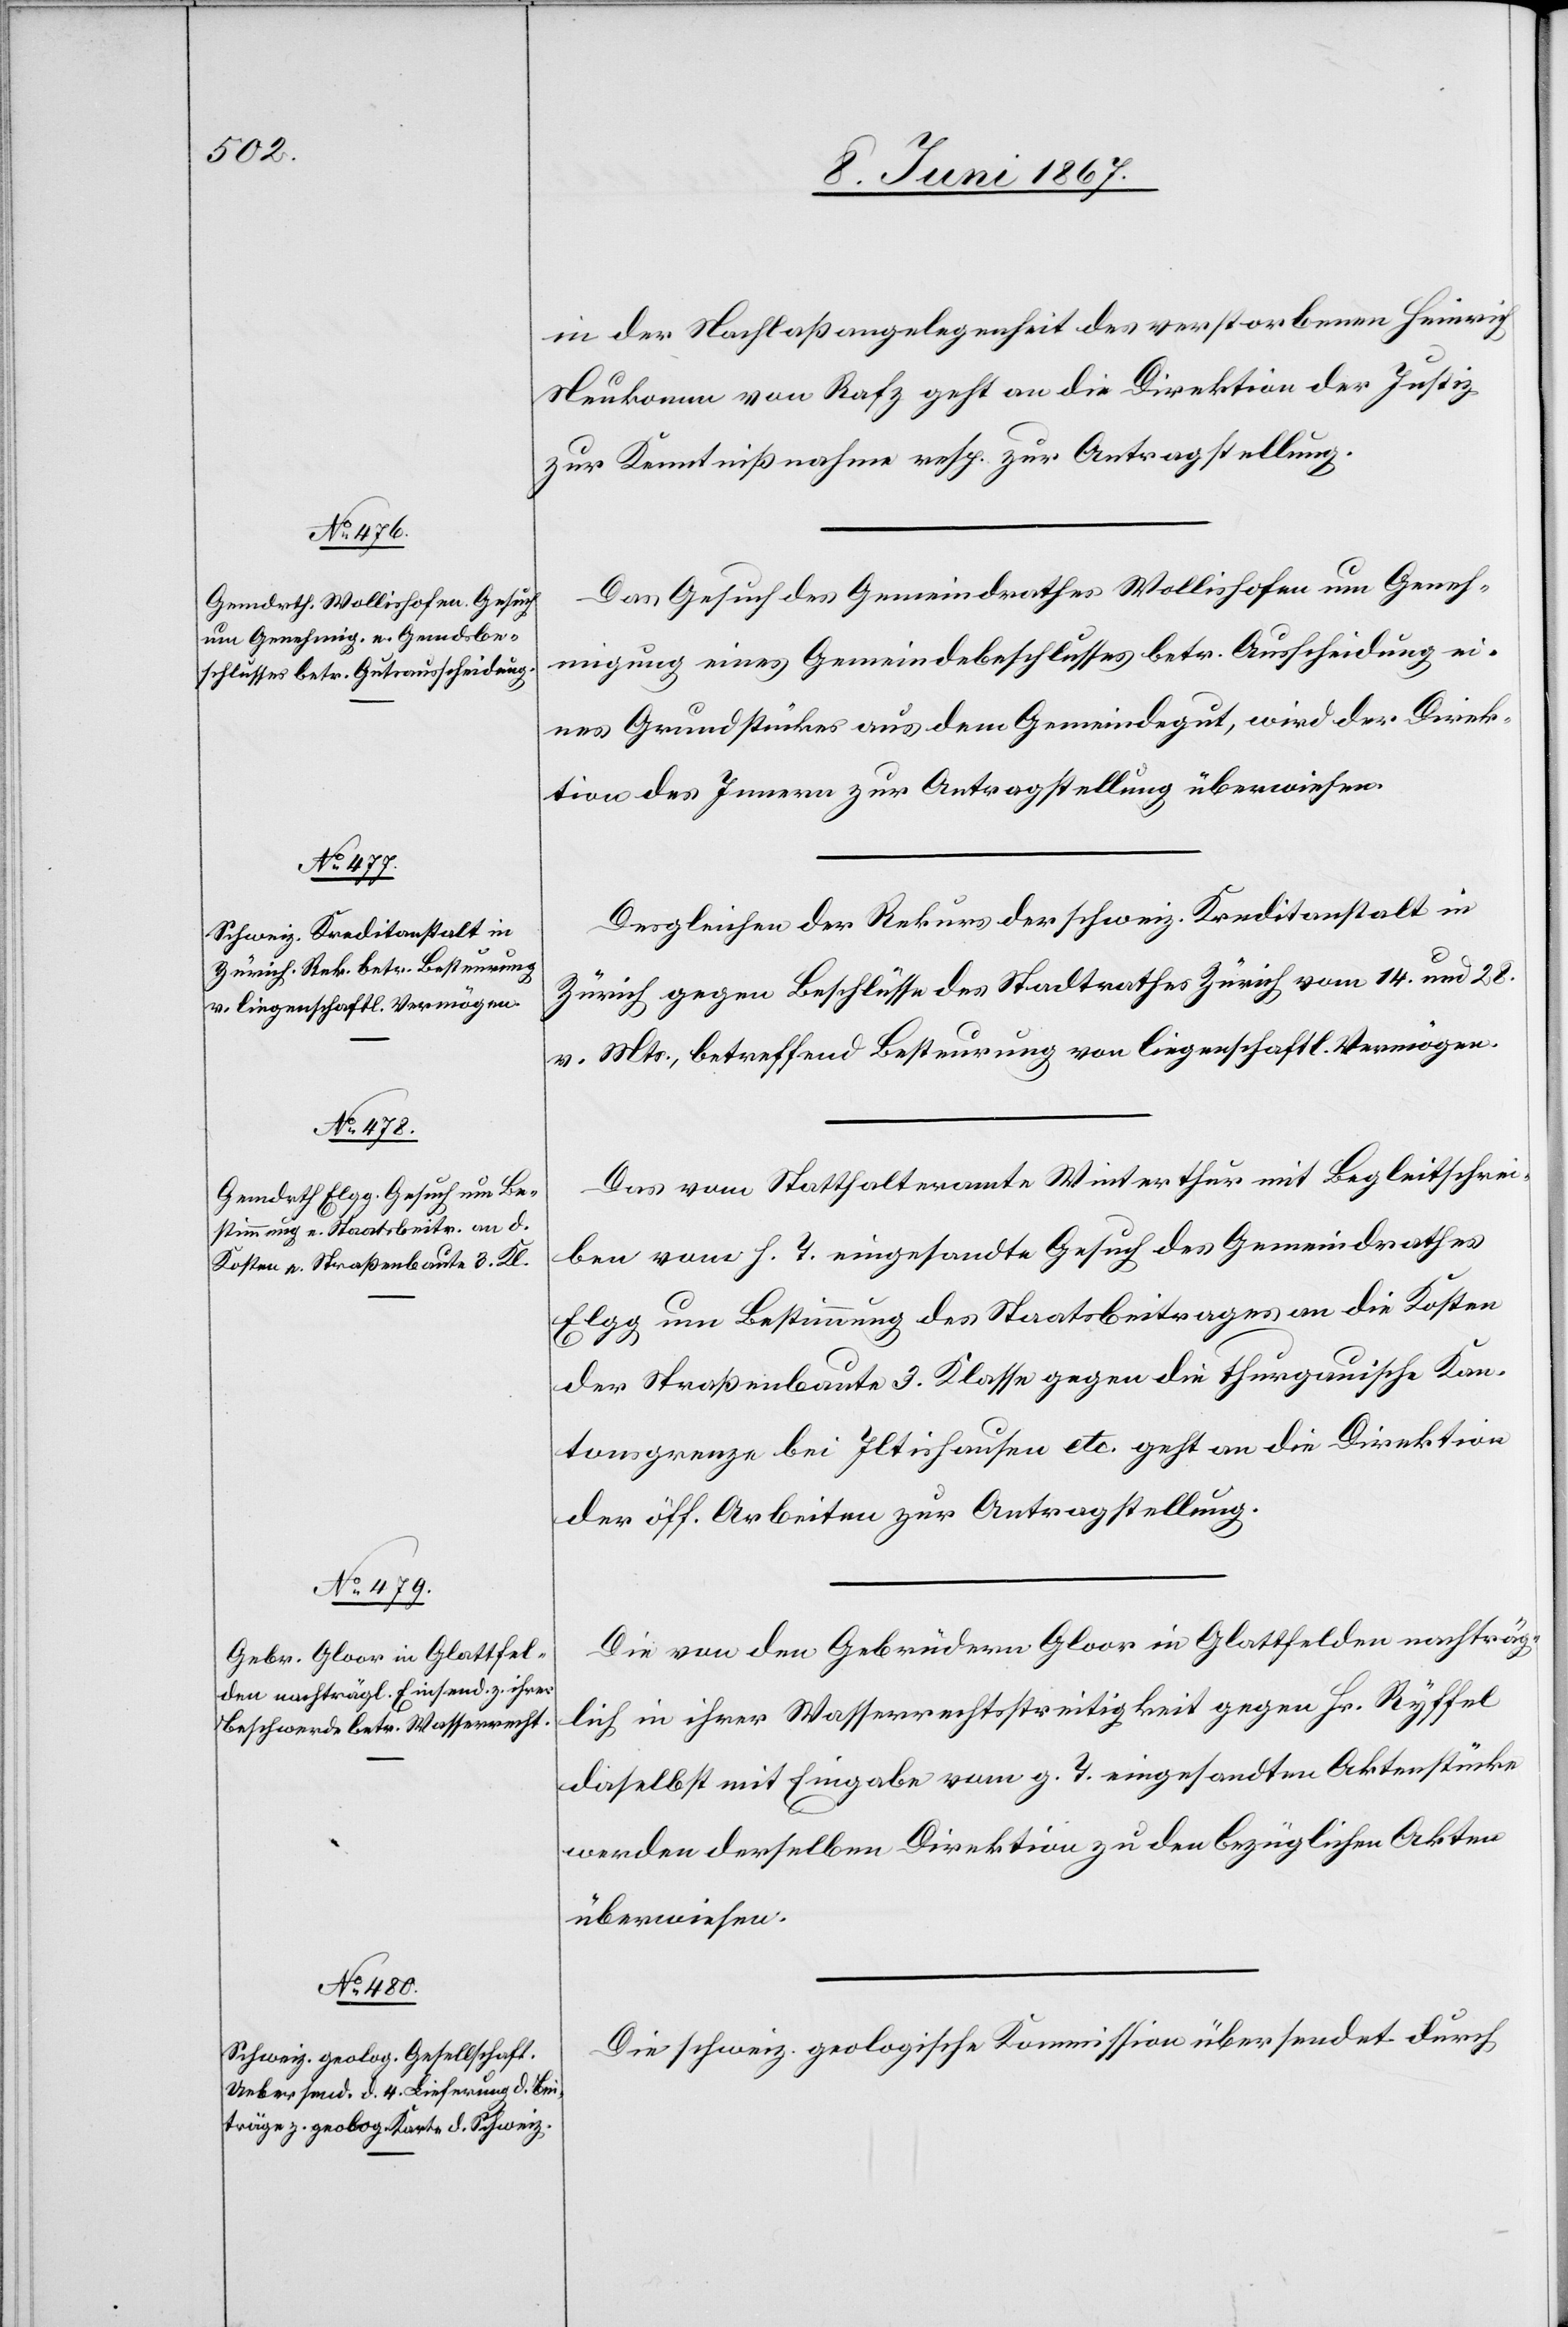
11. Juni 1867.]
in der Nachlaßangelegenheit des verstorbenen Heinrich
Neukomm von Rafz geht an die Direktion der Justiz
zur Kenntnißnahme resp. Antragstellung.
Das Gesuch des Gemeindrathes Wollishofen um Geneh¬
migung eines Gemeindsbeschlusses betr. Ausscheidung ei¬
nes Grundstückes aus dem Gemeindegut, wird der Direk¬
tion des Innern zur Antragstellung überwiesen.
Desgleichen der Rekurs der schweiz. Kreditanstalt in
Zürich gegen Beschlüsse des Stadtrathes Zürich vom 14. und 28.
v. Mts., betreffend Besteurung von liegenschaftl. Vermögen.
Das vom Statthalteramte Winterthur mit Begleitschrei¬
ben vom h. T. eingesandte Gesuch des Gemeindrathes
Elgg um Bestimmung des Staatsbeitrages an die Kosten
der Straßenbaute 3. Klasse gegen die thurgauische Kan¬
tonsgrenze bei Iltishausen etc. geht an die Direktion
der öff. Arbeiten zur Antragstellung.
Die von den Gebrüdern Gloor in Glattfelden nachträg¬
lich in ihrer Wasserrechtsstreitigkeit gegen Hr. Ryffel
daselbst mit Eingabe vom g. T. eingesandten Aktenstücke
werden derselben Direktion zu den bezüglichen Akten
überwiesen.
Die schweiz. geologische Kommission übersendet durch